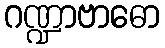
ဂဏ္ဍာဗာဓော